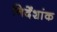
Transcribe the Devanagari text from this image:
निर्देंशांक